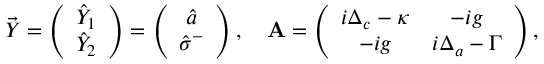
\vec { Y } = \left( \begin{array} { c } { \hat { Y } _ { 1 } } \\ { \hat { Y } _ { 2 } } \end{array} \right) = \left( \begin{array} { c } { \hat { a } } \\ { \hat { \sigma } ^ { - } } \end{array} \right) , \quad \mathbf { A } = \left( \begin{array} { c c } { i \Delta _ { c } - \kappa } & { - i g } \\ { - i g } & { i \Delta _ { a } - \Gamma } \end{array} \right) ,